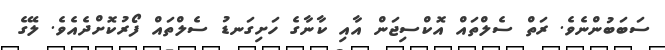
ސަބަބުންނެވެ. ރަތް ސެލްތައް އޮކްސިޖަން އާއި ކާނާގެ ހަށިގަނޑު ސެލްތައް ފޯރުކޮށްދެއެވެ. ލޭގެ